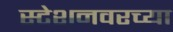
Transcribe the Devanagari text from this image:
स्टेशनवरच्या